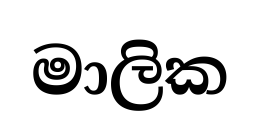
මාලික